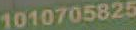
1010705825